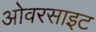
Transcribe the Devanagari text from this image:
ओवरसाइट